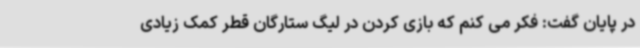
در پایان گفت: فکر می کنم که بازی کردن در لیگ ستارگان قطر کمک زیادی